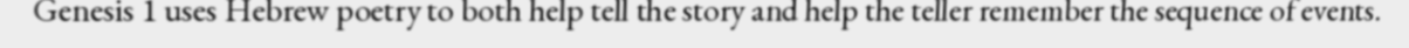
Genesis 1 uses Hebrew poetry to both help tell the story and help the teller remember the sequence of events.